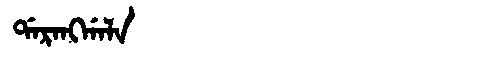
Manchu: ᡩᠠᡵᠠᠩᡤᠠᠯᠠ
Romanization: DARANGGALA